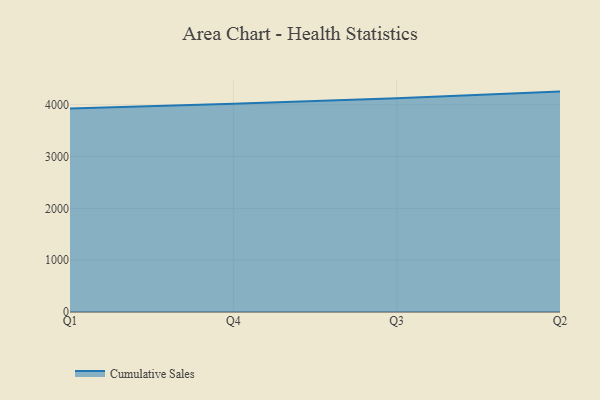
{"axis": {"x": "Quarter", "y": "Budget (USD K)"}, "legend": ["Cumulative Sales"], "data": [{"x": "Q1", "y": 3928.0, "type": "Cumulative Sales"}, {"x": "Q4", "y": 4017.5, "type": "Cumulative Sales"}, {"x": "Q3", "y": 4121.8, "type": "Cumulative Sales"}, {"x": "Q2", "y": 4252.2, "type": "Cumulative Sales"}]}